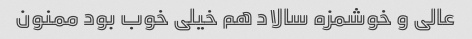
عالی و خوشمزه سالاد هم خیلی خوب بود ممنون